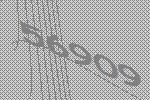
56909